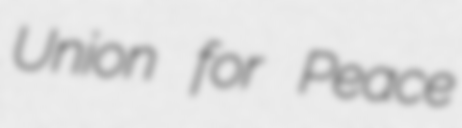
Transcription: Union for Peace